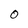
Character: 0